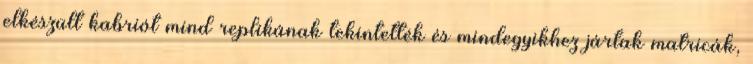
elkészült kabriót mind replikának tekintették és mindegyikhez jártak matricák,